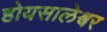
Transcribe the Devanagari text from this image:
होयसालेश्वर